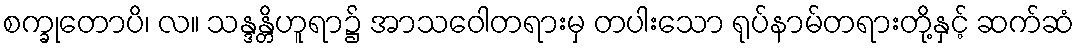
စက္ခုတောပိ၊ လ။ သန္ဒန္တိဟူရာ၌ အာသဝေါတရားမှ တပါးသော ရုပ်နာမ်တရားတို့နှင့် ဆက်ဆံ